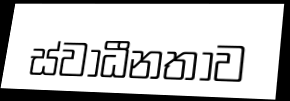
ස්වාධීනතාව